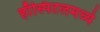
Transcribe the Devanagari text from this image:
हाँस्पिटलमध्ये